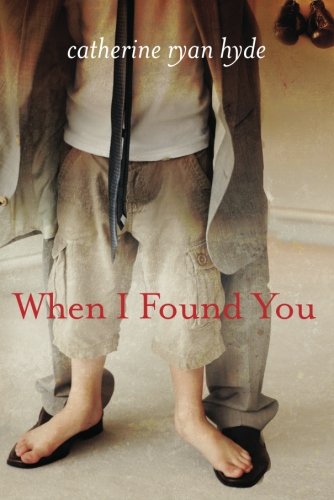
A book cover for When I Found You; Catherine Ryan Hyde; Literature & Fiction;